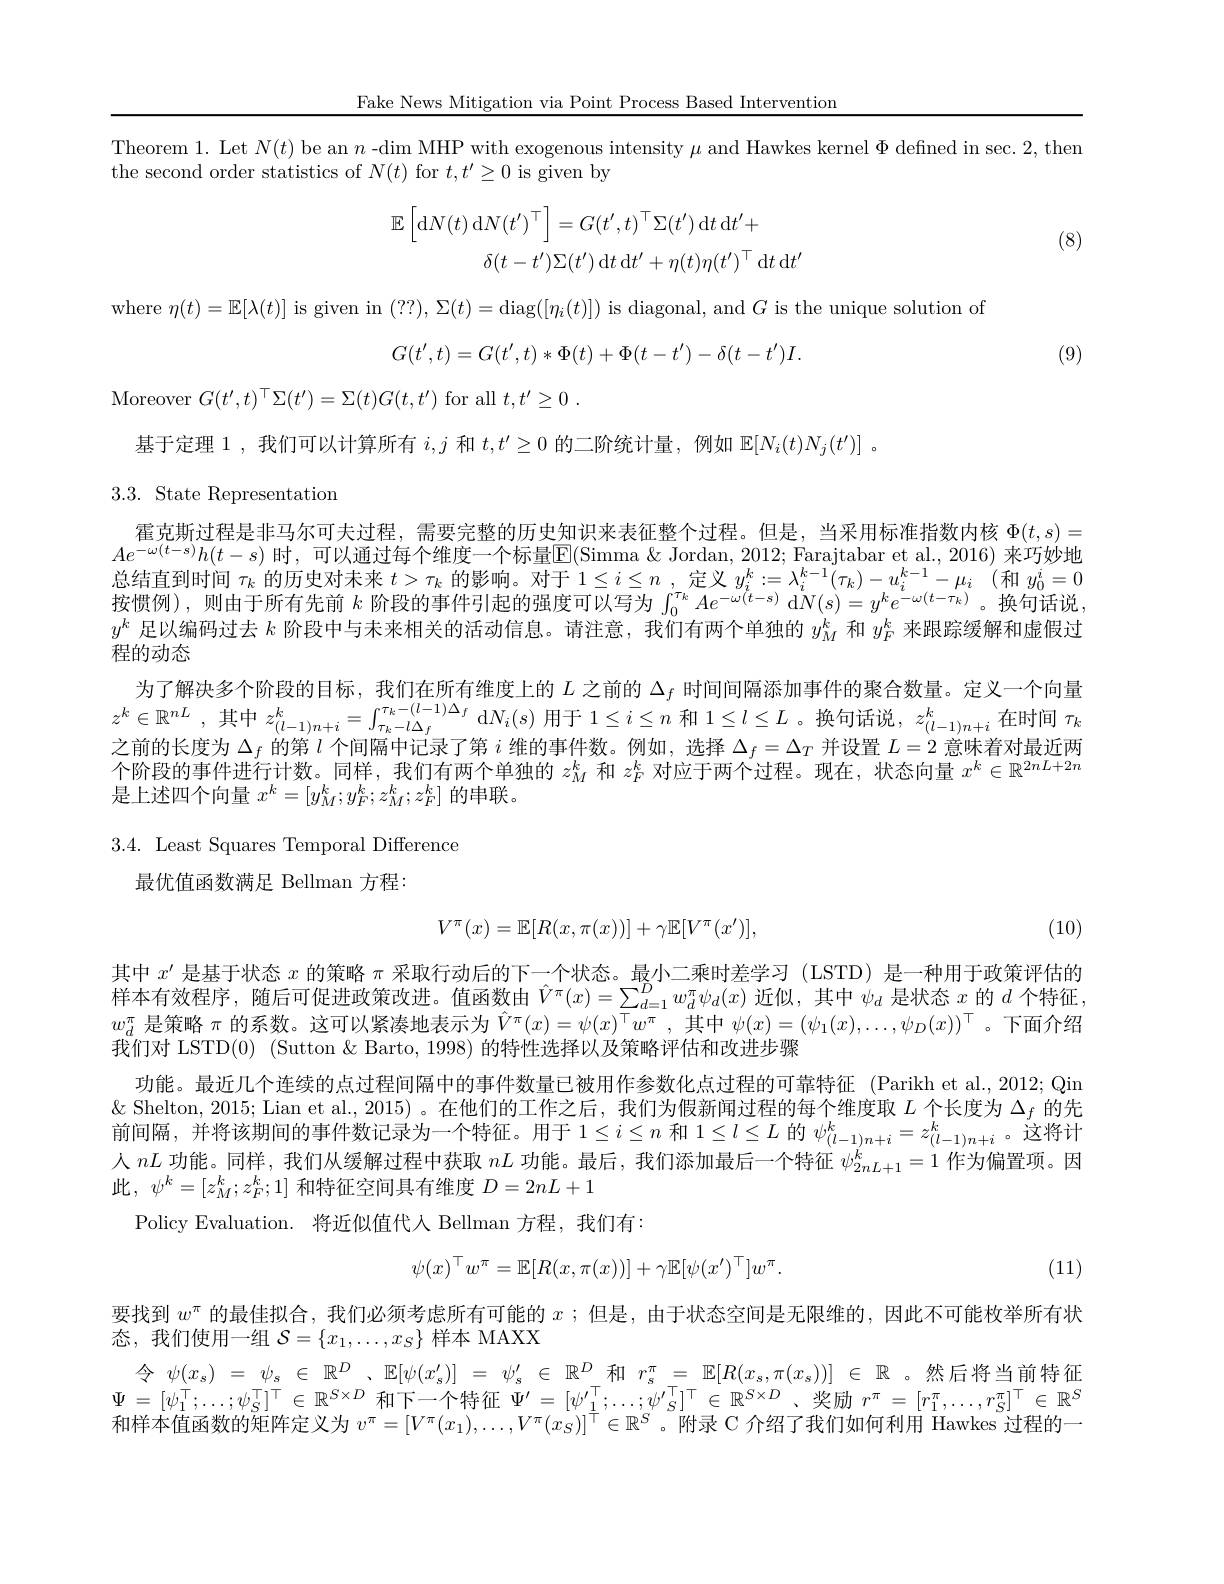
Fake News Mitigation via Point Process Based Intervention

(8)

(9)

## 3.3. State Representation

Theorem 1. Let $N(t)$ be an $n$ -$\dim$ MHP with exogenous intensity $\mu$ and Hawkes kernel $\Phi$ defned in sec. 2, then
the second order statistics of $N(t)$ for $t,t^\prime\geq0$ is given by
$$\mathbb{E}\left[\mathrm{d}N(t)\:\mathrm{d}N(t^{\prime})^{\top}\right]=G(t^{\prime},t)^{\top}\Sigma(t^{\prime})\:\mathrm{d}t\:\mathrm{d}t^{\prime}+\\\delta(t-t^{\prime})\Sigma(t^{\prime})\:\mathrm{d}t\:\mathrm{d}t^{\prime}+\eta(t)\eta(t^{\prime})^{\top}\:\mathrm{d}t\:\mathrm{d}t^{\prime}$$
where $\eta(t)=\mathbb{E}[\lambda(t)]$ is given in $(??),\Sigma(t)=$diag$([\eta_{i}(t)])$ is diagonal, and $G$ is the unique solution of
$$G(t',t)=G(t',t)*\Phi(t)+\Phi(t-t')-\delta(t-t')I.$$
Moreover $G(t^{\prime},t)^\top\Sigma(t^{\prime})=\Sigma(t)G(t,t^{\prime})$ for all $t, t^\prime \geq 0$ .
基于定理 1 , 我们可以计算所有$i,j$和$t,t^\prime\geq0$的二阶统计量，例如$\mathbb{E}[N_i(t)N_j(t^{\prime})]$ 。
霍克斯过程是非马尔可夫过程，需要完整的历史知识来表征整个过程。但是，当采用标准指数内核$\Phi(t,s)=$ $Ae^{- \omega ( t- s) }h( t- s)$ 时 , 可 以 通 过 每 个 维 度 一 个 标 量 E(Simma \ Jordan, 2012; Farajtabar et al. , 2016) 来 巧 妙 地 总 结 直 到 时 间 $\tau _k$ 的 历 史 对 未 来 $t> \tau _k$ 的 影 响 。对 于 $1\leq i\leq n$ ,定 义 $y_i^k: = \lambda _i^{k- 1}( \tau _k) - u_i^{k- 1}- \mu _i$ (和 $y_0^j= 0$ 按 惯 例 ) , 则 由 于 所 有 先 前 $k$ 阶 段 的 事 件 引 起 的 强 度 可 以 写 为 $\int _0^{\tau _k}Ae^{- \omega ( t- s) }$ $y^k$足以编码过去$k$阶段中与未来相关的活动信息。请注意，我们有两个单独的$y_M^k$和$y_F^k$来跟踪缓解和虚假过程的动态
为了解决多个阶段的目标，我们在所有维度上的$L$之前的$\Delta_f$时间间隔添加事件的聚合数量。定义一个向量$z^{k}\in \mathbb{R} ^{nL}$ ,其中$z_(l-1)n+i^{k}=\int_{\tau_{k}-l\Delta f}^{\tau_{k}-(l-1)\Delta_{f}}$ d$N_i(s)$用于$1\leq i\leq n$和$1\leq l\leq L$ 。换句话说 , $z_(l-1)n+i^{k}$在时间$\tau_{7}$ 之前的长度为$\Delta_f$的第$l$个间隔中记录了第$i$维的事件数。例如，选择$\Delta_f=\Delta_T$并设置$L=2$意味着对最近两个阶段的事件进行计数。同样，我们有两个单独的$z_M^k$和$z_F^k$对应于两个过程。现在，状态向量$x^k\in\mathbb{R}^{2nL+2n}$ 是上述四个向量$x^k=[y_M^k;y_F^k;z_M^k;z_F^k]$的串联。
3.4. Least Squares Temporal Difference

最优值函数满足 Bellman 方程：
$$V^\pi(x)=\mathbb{E}[R(x,\pi(x))]+\gamma\mathbb{E}[V^\pi(x')],$$
(10)

其中$x^\prime$是基于状态$x$的策略$\pi$采取行动后的下一个状态。最小二乘时差学习 (ISTD) 是一种用于政策评估的样本有效程序，随后可促进政策改进。值函数由$\hat V^\pi(x)=\sum_{d=1}^Dw_d^\pi\psi_d(x)$近似，其中$\psi_d$是状态$x$的$d$个特征， $w_d^\pi$是策略$\pi$的系数。这可以紧凑地表示为$\hat{V}^\pi(x)=\psi(x)^\top w^\pi$,其中$\psi(x)=(\psi_1(x),\ldots,\psi_D(x))^\top$。下面介绍我们对 LSTD(0) (Sutton & Barto, 1998) 的特性选择以及策略评估和改进步骤
功能。最近几个连续的点过程间隔中的事件数量已被用作参数化点过程的可靠特征 (Parikh et al.,2012; Qin $\&$ Shelton, 2015; Lian et al., 2015)。在他们的工作之后，我们为假新闻过程的每个维度取$L$个长度为$\Delta_f$的先前间隔，并将该期间的事件数记录为一个特征。用于$1\leq i\leq n$和$1\leq l\leq L$的$\psi_(l-1)n+i^k=z_{(l-1)n+i}^k$。这将计人$nL$功能。同样，我们从缓解过程中获取$nL$功能。最后，我们添加最后一个特征$\psi_2nL+1^k=1$作为偏置项。因此$,\psi^k=[z_{M}^{k};z_{F}^{k};1]$ 和特征空间具有维度 $D=2nL+1$
Policy Evaluation. 将近似值代人 Bellman 方程，我们有：
$$\psi(x)^\top w^\pi=\mathbb{E}[R(x,\pi(x))]+\gamma\mathbb{E}[\psi(x')^\top]w^\pi.$$
(11)

要找到$w^\pi$的最佳拟合，我们必须考虑所有可能的$x$ ;但是，由于状态空间是无限维的，因此不可能枚举所有状
态，我们使用一组$\mathcal{S}=\{x_1,\ldots,x_S\}$样本 MAXX
令$\psi(x_s)=\psi_s\in\mathbb{R}^D$、$\mathbb{E}[\psi(x_s^\prime)]=\psi_s^{\prime}\in\mathbb{R}^D$和$r_s^\pi=\mathbb{E}[R(x_s,\pi(x_s))]\in\mathbb{R}$ 。然后将当前特征$\Psi=[\psi_1^\top;\ldots;\psi_S^\top]^\top\in\mathbb{R}^{S\times D}$和下一个特征$\Psi^\prime=[\psi_1^T;\ldots;\psi_S^{\prime}]^\top\in\mathbb{R}^{S\times D}$、奖励 $r^\pi=[r_1^\pi,\ldots,r_S^\pi]^\top\in\mathbb{R}^S$ 和样本值函数的矩阵定义为$v^\pi=[V^\pi(x_1),\ldots,V^\pi(x_S)]^\top\in\mathbb{R}^S$ 。附录 C 介绍了我们如何利用 Hawkes 过程的一